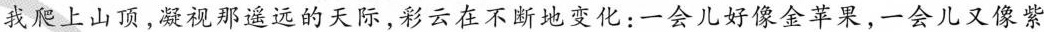
我爬上山顶，凝视那遥远的天际，彩云在不断地变化：一会儿好像金苹果，一会儿又像紫